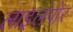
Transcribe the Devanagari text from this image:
लाइलपोर